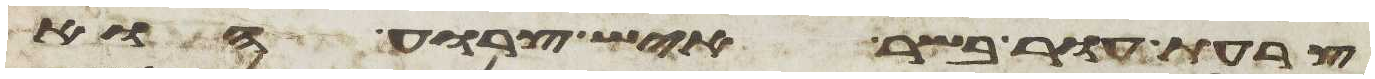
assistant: צרעת עור בשר איש צרוע הוא